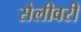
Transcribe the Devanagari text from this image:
सैलीवरी